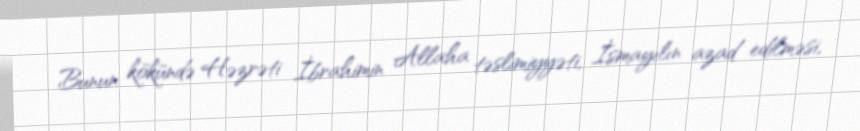
Bunun kökündə Həzrəti İbrahimin Allaha təslimiyyəti, İsmayılın azad edilməsi,